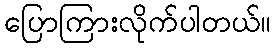
ပြောကြားလိုက်ပါတယ်။